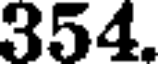
354.